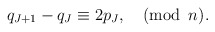
\begin{align*}q_{J+1}-q_J\equiv 2p_J, \quad (\mbox{mod}\,\,\, n).\end{align*}